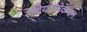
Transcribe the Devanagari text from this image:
रेडियोलोकेशन